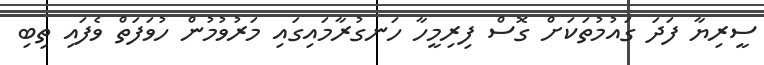
ސީރިޔާ ފަދަ ގައުމުތަކަށް ގޮސް ފިރިމީހާ ހަނގުރާމައިގައި މަރުވުމުން ހުވަފަތް ވެފައި ތިބި